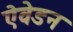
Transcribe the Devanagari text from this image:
ऐवेडन